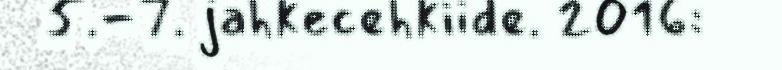
5.-7. jahkecehkiide. 2016: